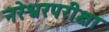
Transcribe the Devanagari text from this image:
नरेश्वरपरीक्षा